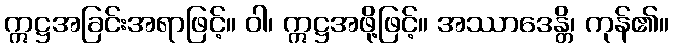
ဣဋ္ဌအခြင်းအရာဖြင့်။ ဝါ၊ ဣဋ္ဌအဖို့ဖြင့်။ အဿာဒေန္တိ၊ ကုန်၏။